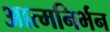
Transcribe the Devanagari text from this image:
आत्मनिर्भन